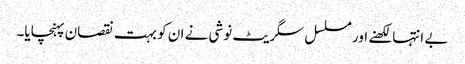
بے انتہا لکھنے اور مسلسل سگریٹ نوشی نے ان کو بہت نقصان پہنچایا۔